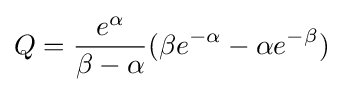
Q={\frac {e^{\alpha }}{\beta -\alpha }}(\beta e^{-\alpha }-\alpha e^{-\beta })